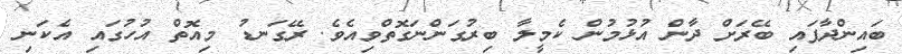
ބައިންދާފައި ބޭރަށް ދާން އުޅުމުން ކެމީލާ ބިރުގަންނަގޮތްވިއެވެ. ރޭގަނޑު މިއޮތް އުހުގައި އެކަނި